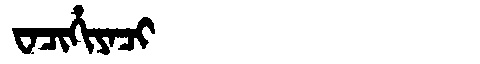
Manchu: ᠸᠠᠴᡳᡥᡳᠶᠠᠴᡳ
Romanization: WACIHIYACI